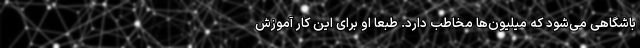
باشگاهی می‌شود که میلیون‌ها مخاطب دارد. طبعا او برای این کار آموزش